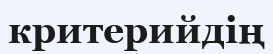
критерийдің